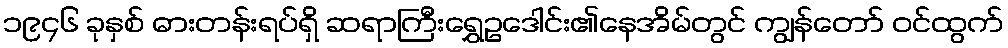
၁၉၄၆ ခုနှစ် ဓားတန်းရပ်ရှိ ဆရာကြီးရွှေဥဒေါင်း၏နေအိမ်တွင် ကျွန်တော် ဝင်ထွက်